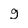
Character: g